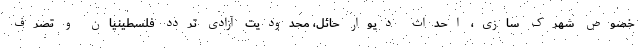
خصوص شهرک سازی، احداث دیوار حائل، محدودیت آزادی تردد فلسطینیان و تصرف